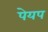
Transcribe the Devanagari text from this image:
पेयप